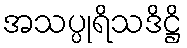
အသပ္ပုရိသဒိဋ္ဌိ